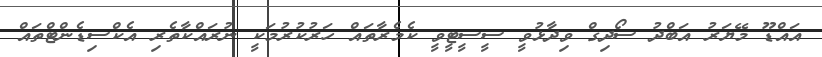
އައްޑޫ މޭޔަރު އަބްދު ސޯދިގް ވިދާޅުވީ ސީސީޓީވީ ކެމެރާތައް ހަރުކުރުމަކީ ނުރައްކާތެރި އެކްސިޑެންޓްތައް